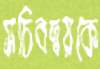
সচিবদ্বয়কে